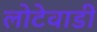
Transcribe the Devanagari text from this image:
लोटेवाडी